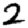
Digit: 2